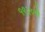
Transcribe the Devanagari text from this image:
१९२०से